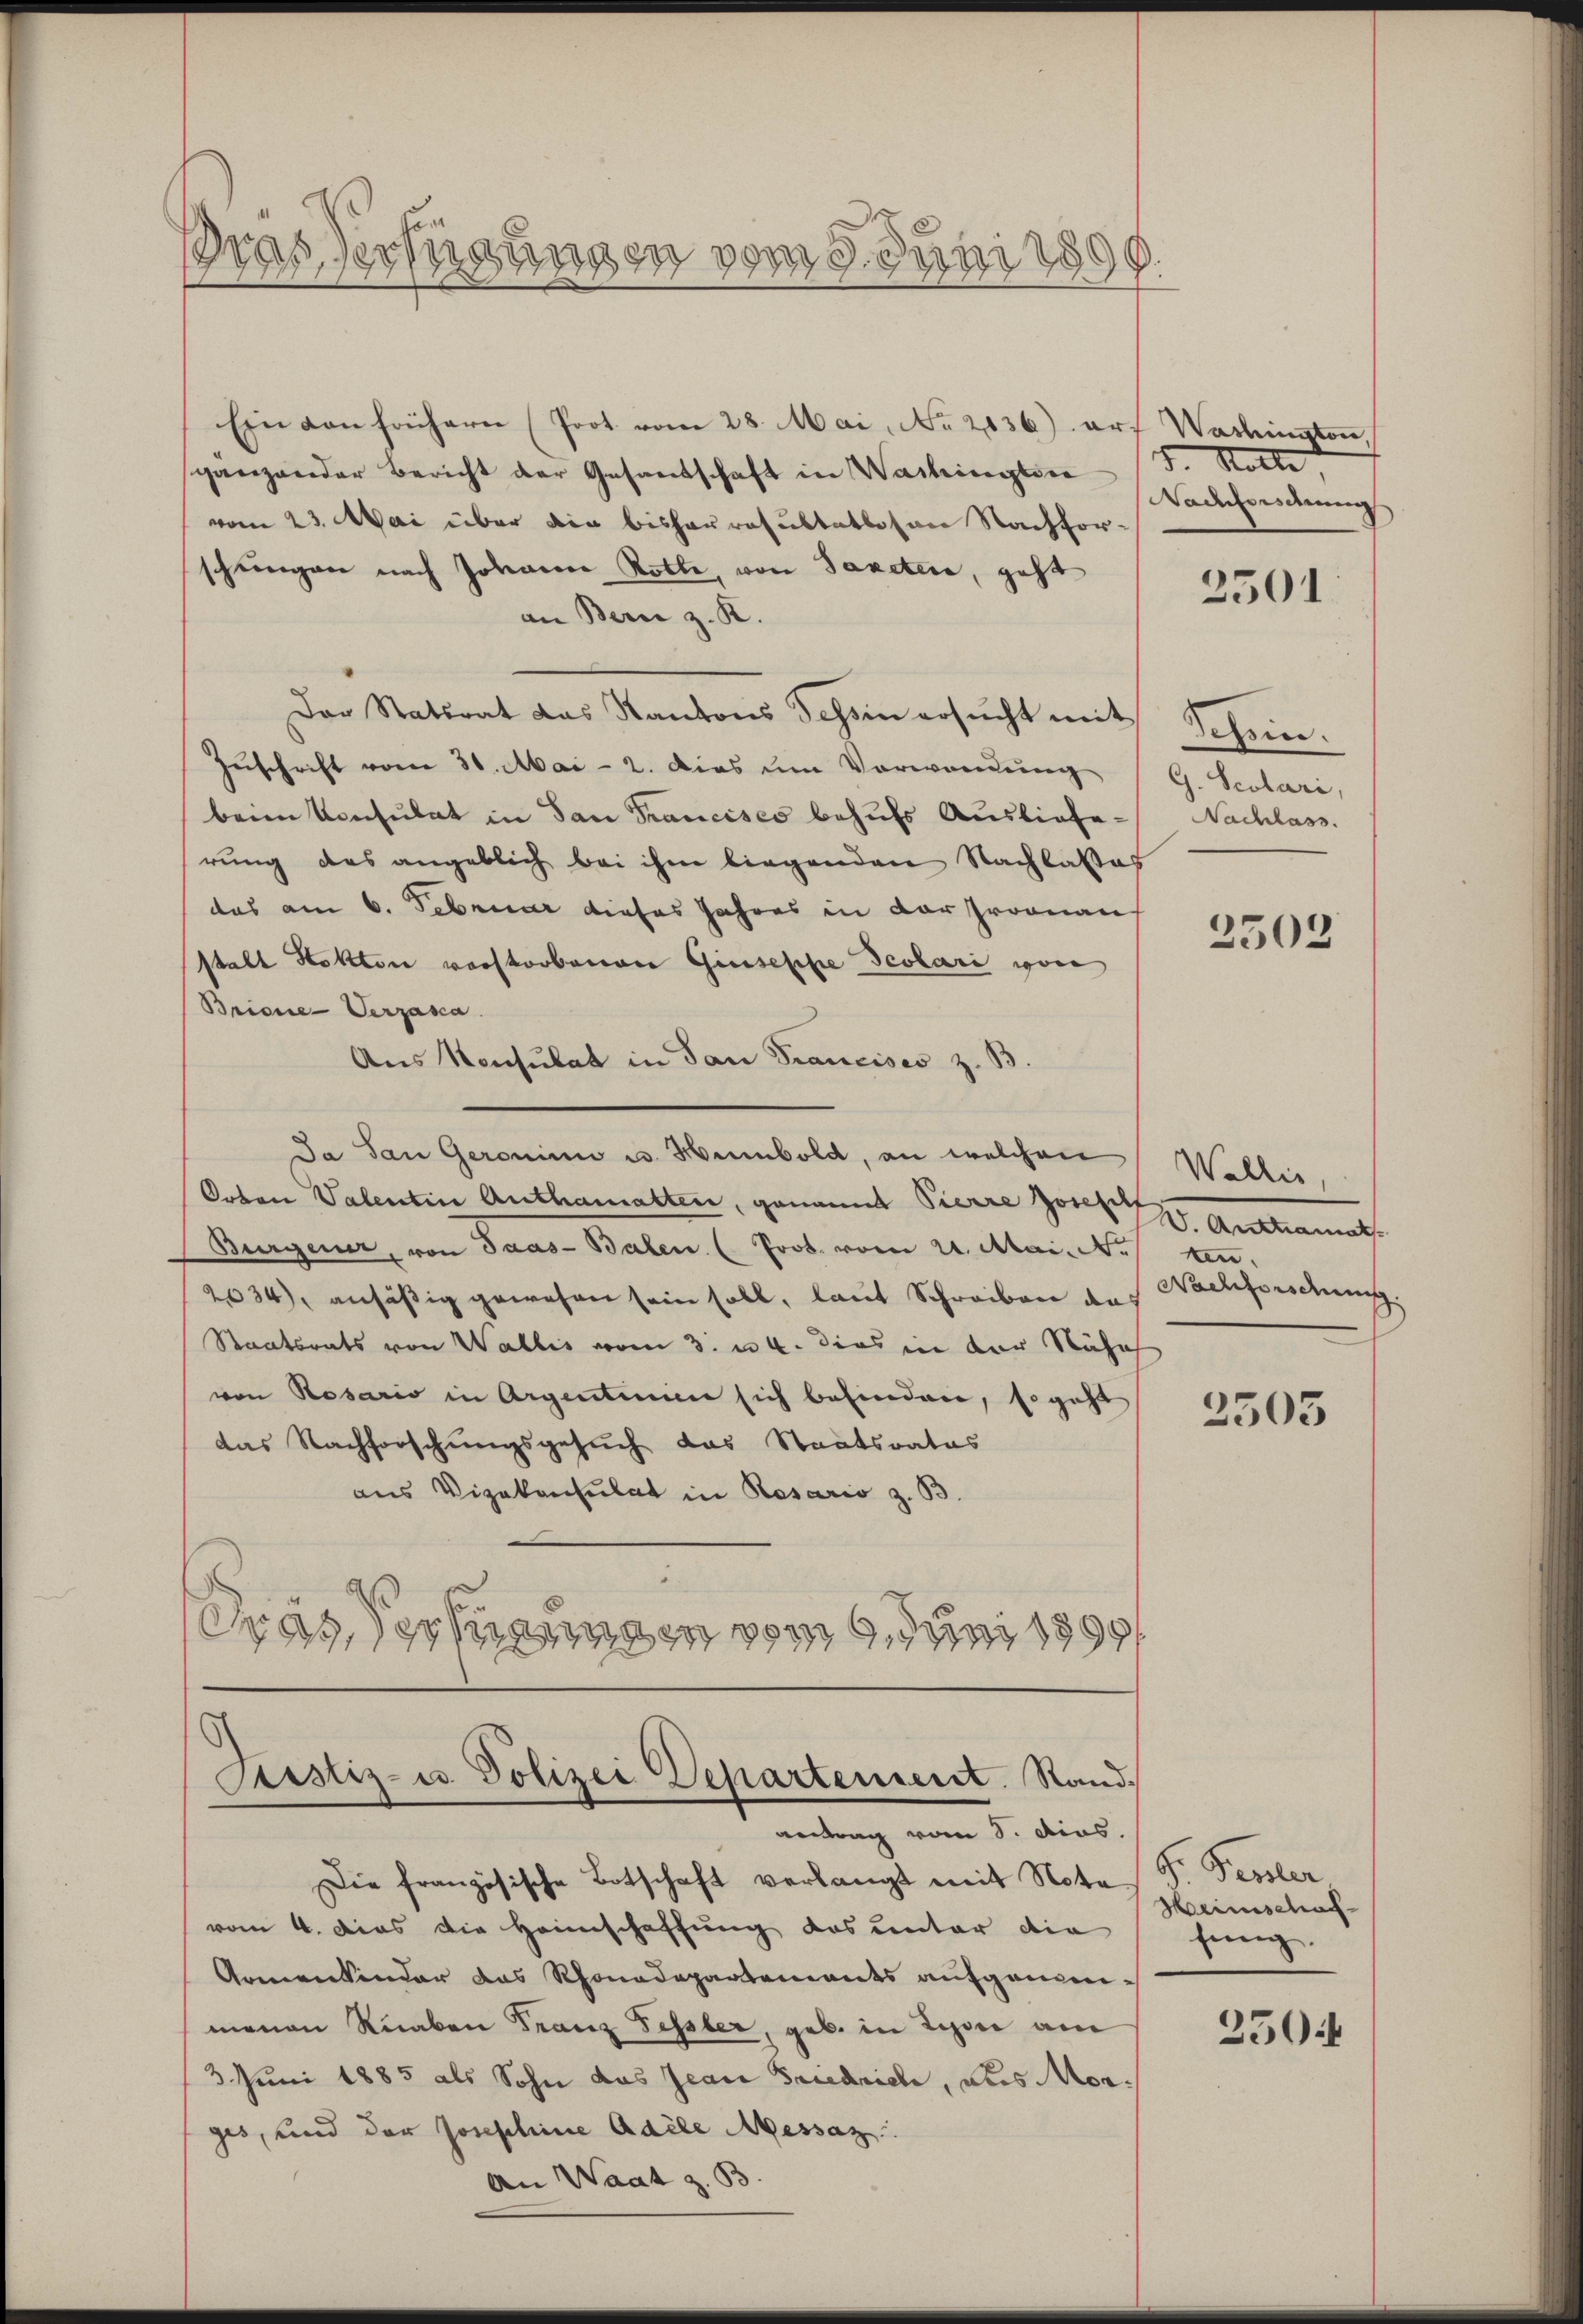
Gras verfügungen vom 3. Juni 1899.

Ein von frühern (Prot. vom 28. Mai, No 20136) auf Washington,
gänzender Bericht der Gesandschaft in Washington F. Rotte
vom 23. Mai über die bisharresultatlosen Nachforschungen nach Johann Rotte, von Tapeten, geht
an Bern z. K.
Der Statsrat das Kantons Tessin ersŭcht mit Schein.
Zuschrift vom 30. Mai - 2. Dies um Vorwandung
beim Konsulat in San Francisco behufs Ausliefe. Nachlass.
rung des angeblich bei ihm liegenden Nachlattes
das am 6. Februar dieses Jahres in der Froonau
stalt Sekten vorstorbenen Giusesche Jcolari von
Briene Verzasca
Aus Konsulat in San Francises z. B.
Ja San Geronino u. Humbold, an welchen
Orten Valentin Authamatten, genannt Pierre Josesch
Burgener, von Saas-Balen (Prob. vom 21. Mai. 1.
2034), ansäßig gewesen sein soll, laut Schreiben das
Staatsrats von Wallis vom 3. n 4. dies in der Näsch
von Rosario in Argentinum sich befinden, so geht
das Nachforschungsgesuch das Staatsrates
aus Vizekonsulat in Resario z. B.
Trat der kennen vom 9. Juni 1890

Sistiz- u Polizei Departement. Stand,
antrag vom 8. dies

Die französische Botschaft verlangt mit Note F. Fessler
vom 4. dies die Heimschaffung das unter die
Armenkinder das Rhonadepartements aufgenomnenen Knaben Franz Fessler, geb. in Lyon am
3. Juni 1885 als Sohn das Jean Friedrich, aus Morgis, und der Josephine Adele Messaz
An Waat z. B

Wacheidung

2501

G. Scolari,

2502

Wallis,
V. Ansteuerung
m.
Nachfordnung.

2503

Heimschachfung.
250f